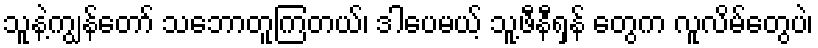
သူနဲ့ကျွန်တော် သဘောတူကြတယ်၊ ဒါပေမယ့် သူ့ဖီနီရှန် တွေက လူလိမ်တွေပဲ၊